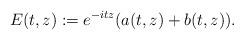
LaTeX: \begin{align*} E(t, z) := e^{-itz} ( a(t,z) + b(t, z) ). \end{align*}